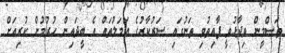
ތަސްމީން ވިދާޅުވީ ފާއިތުވި ތަނުގައި ސަރުކާރުގެ އަމަލުތައް އެ ބީދައިން ހުރުމުން ކުރިއަށް